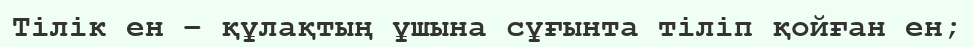
Тілік ен – құлақтың ұшына сұғынта тіліп қойған ен;